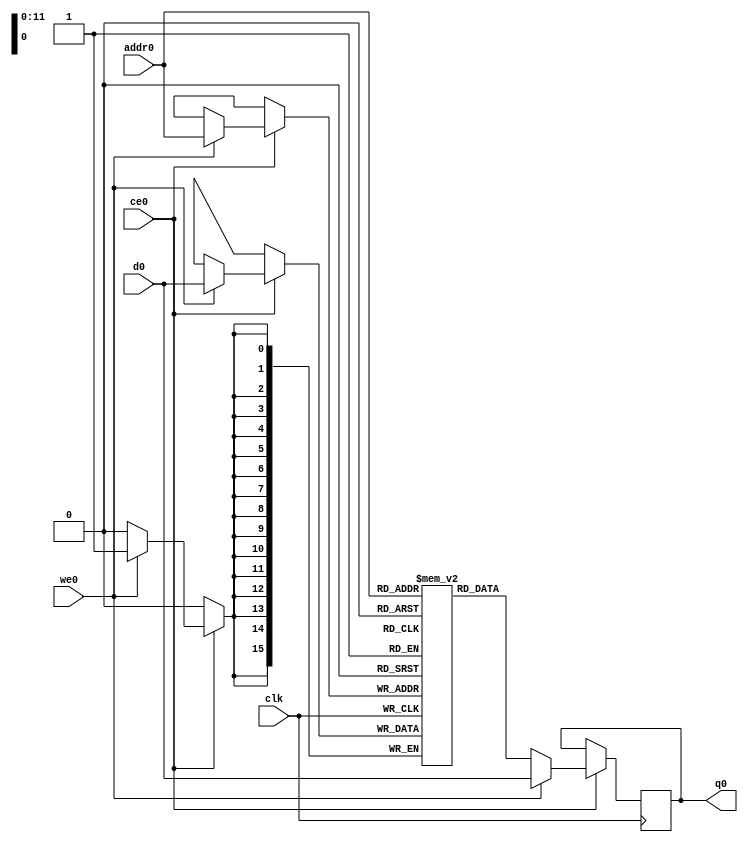
// ==============================================================
// File generated by Vivado(TM) HLS - High-Level Synthesis from C, C++ and SystemC
// Version: 2017.4
// Copyright (C) 1986-2017 Xilinx, Inc. All Rights Reserved.
// 
// ==============================================================

`timescale 1 ns / 1 ps
module line_buffer_13_bubkb_ram (addr0, ce0, d0, we0, q0,  clk);

parameter DWIDTH = 16;
parameter AWIDTH = 12;
parameter MEM_SIZE = 2112;

input[AWIDTH-1:0] addr0;
input ce0;
input[DWIDTH-1:0] d0;
input we0;
output reg[DWIDTH-1:0] q0;
input clk;

(* ram_style = "block" *)reg [DWIDTH-1:0] ram[0:MEM_SIZE-1];




always @(posedge clk)  
begin 
    if (ce0) 
    begin
        if (we0) 
        begin 
            ram[addr0] <= d0; 
            q0 <= d0;
        end 
        else 
            q0 <= ram[addr0];
    end
end


endmodule


`timescale 1 ns / 1 ps
module line_buffer_13_bubkb(
    reset,
    clk,
    address0,
    ce0,
    we0,
    d0,
    q0);

parameter DataWidth = 32'd16;
parameter AddressRange = 32'd2112;
parameter AddressWidth = 32'd12;
input reset;
input clk;
input[AddressWidth - 1:0] address0;
input ce0;
input we0;
input[DataWidth - 1:0] d0;
output[DataWidth - 1:0] q0;



line_buffer_13_bubkb_ram line_buffer_13_bubkb_ram_U(
    .clk( clk ),
    .addr0( address0 ),
    .ce0( ce0 ),
    .d0( d0 ),
    .we0( we0 ),
    .q0( q0 ));

endmodule